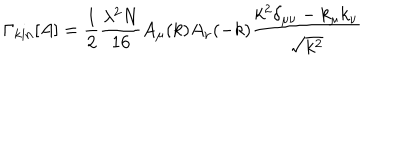
\Gamma _ { \mathrm { k i n } } [ A ] = \frac { 1 } { 2 } \frac { \lambda ^ { 2 } N } { 1 6 } A _ { \mu } ( k ) A _ { \nu } ( - k ) \frac { k ^ { 2 } \delta _ { \mu \nu } - k _ { \mu } k _ { \nu } } { \sqrt { k ^ { 2 } } }